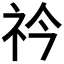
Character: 𥘞